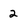
Character: 2